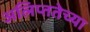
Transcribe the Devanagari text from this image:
अलिप्ततेच्या